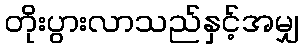
တိုးပွားလာသည်နှင့်အမျှ